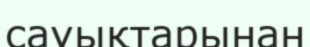
сауықтарынан